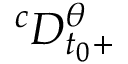
^ c D _ { t _ { 0 } + } ^ { \theta }